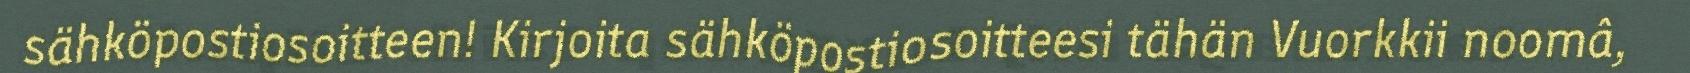
sähköpostiosoitteen! Kirjoita sähköpostiosoitteesi tähän Vuorkkii noomâ,